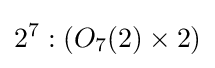
2^{7}:(O_{7}(2)\times 2)